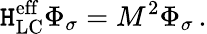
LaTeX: \mathtt{H}_{\mathrm{{LC}}}^{\mathrm{{eff}}}\Phi_{\sigma}=M^{2}\Phi_{\sigma}\, .